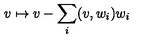
v \mapsto v - \sum _ { i } ( v , w _ { i } ) w _ { i }